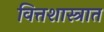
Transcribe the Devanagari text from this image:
वित्तशास्त्रात